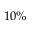
1 0 \%